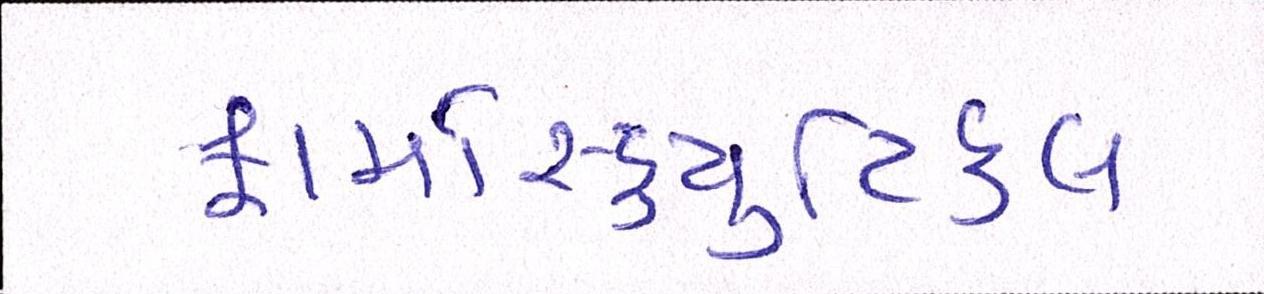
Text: ફાર્માસ્યુટિકલ